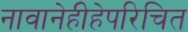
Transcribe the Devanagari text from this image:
नावानेहीहेपरिचित